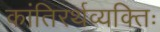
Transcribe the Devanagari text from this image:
कांतिरर्थव्यक्तिः